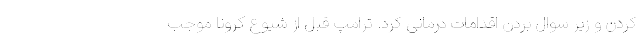
کردن و زیر سوال بردن اقدامات درمانی کرد. ترامپ قبل از شیوع کرونا موجب